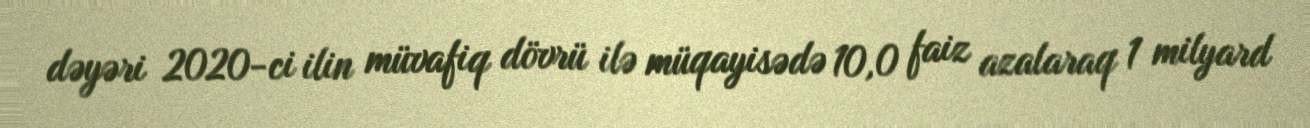
dəyəri 2020-ci ilin müvafiq dövrü ilə müqayisədə 10,0 faiz azalaraq 1 milyard